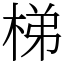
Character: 梯